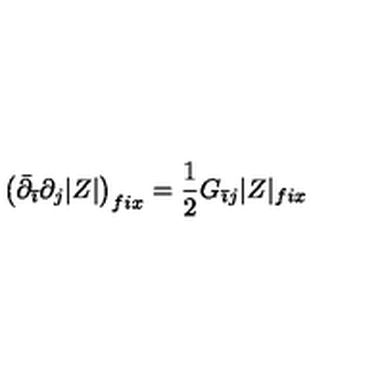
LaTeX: \left( \bar { \partial } _ { \bar { \imath } } \partial _ { j } | Z | \right) _ { f i x } = \frac { 1 } { 2 } G _ { \bar { \imath } j } | Z | _ { f i x }